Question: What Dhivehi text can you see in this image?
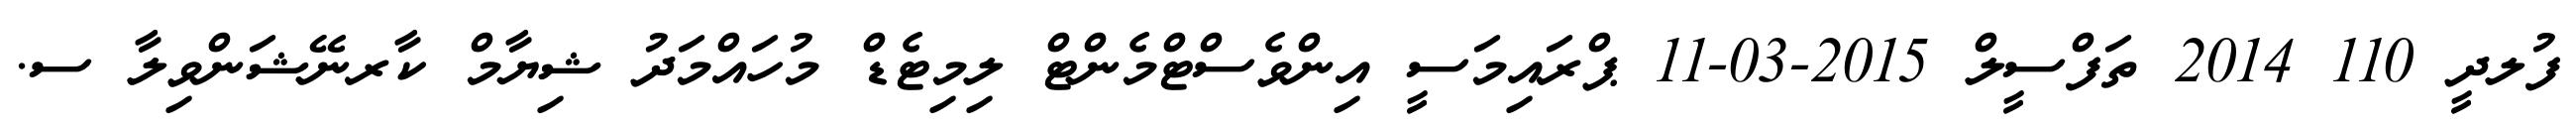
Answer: ފުލދީ 110 2014 ތަފްސީލް 2015-03-11 ޕްރައިމަސީ އިންވެސްޓްމެންޓް ލިމިޓެޑް މުހައްމަދު ޝިޔާމް ކާރނޭޝަންވިލާ ސ.